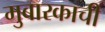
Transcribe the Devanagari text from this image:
मुबारकाची